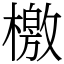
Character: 檄